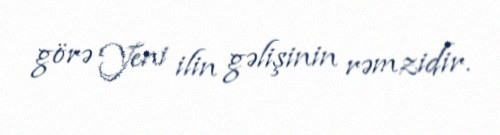
görə Yeni ilin gəlişinin rəmzidir.